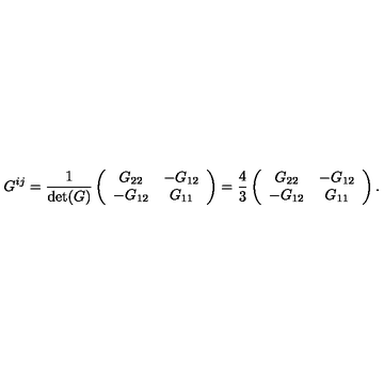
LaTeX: G ^ { i j } = { \frac { 1 } { \det ( G ) } } \left( \begin{array} { c c } { G _ { 2 2 } } & { - G _ { 1 2 } } \\ { - G _ { 1 2 } } & { G _ { 1 1 } } \\ \end{array} \right) = { \frac { 4 } { 3 } } \left( \begin{array} { c c } { G _ { 2 2 } } & { - G _ { 1 2 } } \\ { - G _ { 1 2 } } & { G _ { 1 1 } } \\ \end{array} \right) .